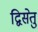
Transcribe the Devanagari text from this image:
द्विसेतु